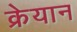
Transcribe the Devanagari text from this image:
क्रेयान